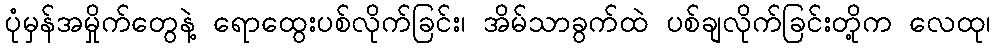
ပုံမှန်အမှိုက်တွေနဲ့ ရောထွေးပစ်လိုက်ခြင်း၊ အိမ်သာခွက်ထဲ ပစ်ချလိုက်ခြင်းတို့က လေထု၊